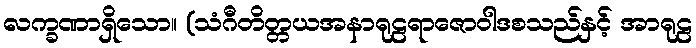
လက္ခဏာရှိသော။ (သံဂီတိတ္တယအနာရုဠရာဇောဝါဒစသည်နှင့် အာရုဠ